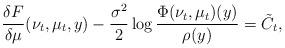
LaTeX: \begin{align*} \frac{\delta F}{\delta \mu}(\nu_t, \mu_t, y) - \frac{\sigma^2}{2}\log \frac{\Phi(\nu_t, \mu_t)(y)}{\rho(y)} = \Tilde{C_t},\end{align*}